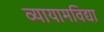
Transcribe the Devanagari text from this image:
व्यायामविद्या